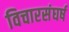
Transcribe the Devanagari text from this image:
विचारसंघर्ष